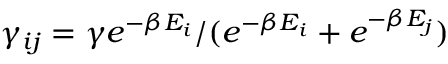
\gamma _ { i j } = \gamma e ^ { - \beta E _ { i } } / ( e ^ { - \beta E _ { i } } + e ^ { - \beta E _ { j } } )